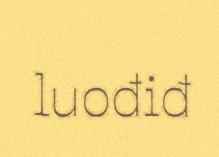
luođiđ